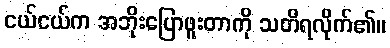
ငယ်ငယ်က အဘိုးပြောဖူးတာကို သတိရလိုက်၏။